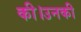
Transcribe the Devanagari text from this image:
की।उनकी